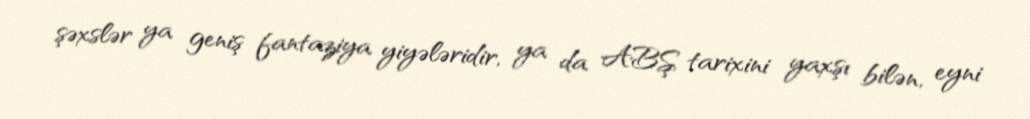
şəxslər ya geniş fantaziya yiyələridir, ya da ABŞ tarixini yaxşı bilən, eyni